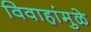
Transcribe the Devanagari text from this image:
विवाहांमुळे